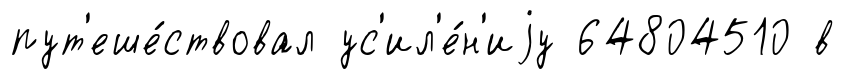
пут'еше́ствовал ус'ил'е́н'иjу 64804510 в